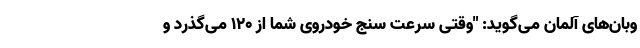
وبان‌های آلمان می‌گوید: "وقتی سرعت سنج خودروی شما از 120 می‌گذرد و